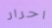
احرار